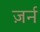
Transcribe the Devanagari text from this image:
ज़र्न